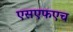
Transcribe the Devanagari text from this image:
एसएफएच